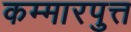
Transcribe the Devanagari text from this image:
कम्मारपुत्त